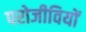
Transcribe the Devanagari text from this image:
परोजीवियों